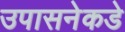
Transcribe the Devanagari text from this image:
उपासनेकडे